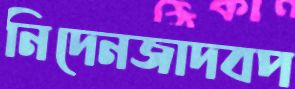
নিদেনজাদবপ